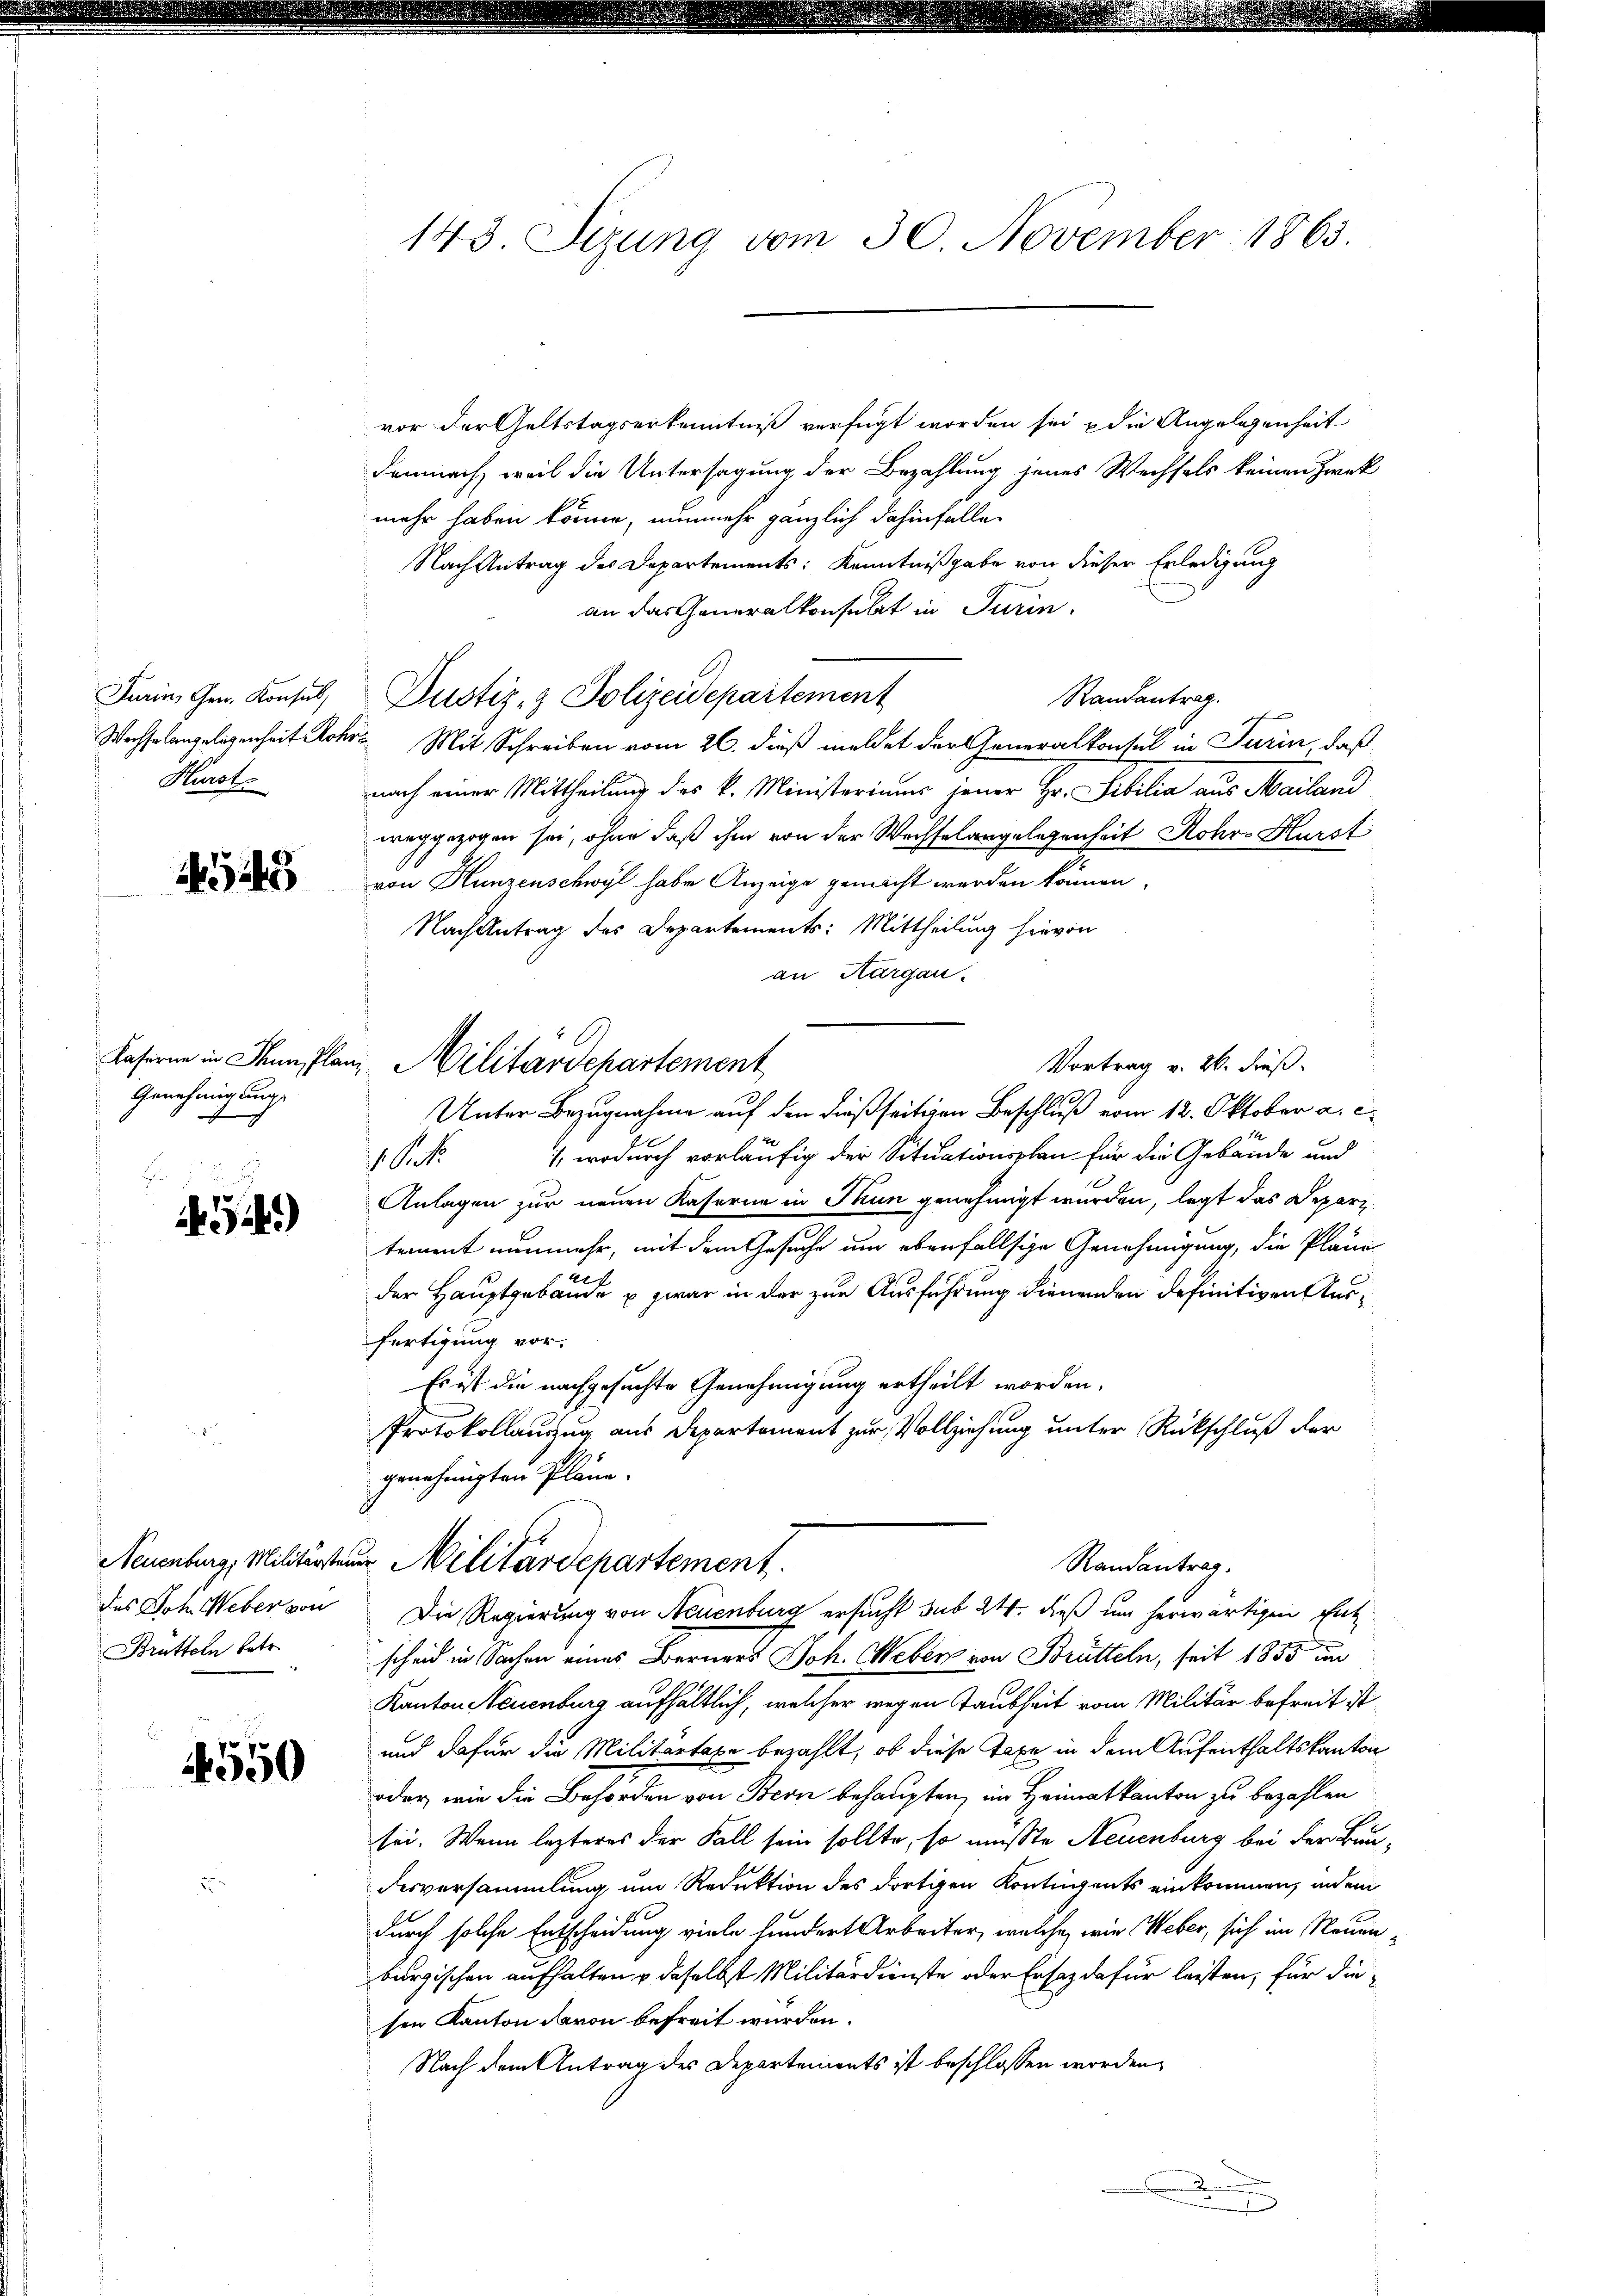
Turin, Gen. Konsul
Wechselangelegenheit Rohr.
Hürst

549

Kaserne in Thun, Plan
Genehmigung

)

Neuenburg, Militärsteue
des Joh. Weber von
Brütteln betr.

550

143. Sizung vom 30. November 1863.

vor der Geltstagserkenntniß verfügt worden sei, die Angelegenheit
demnach, weil die Untersagung der Bezahlung jenes Wechsels keinen Zwek
mehr haben könne, nunmehr gänzlich dahinfalle.
Nach Antrag des Departements: Kenntnißgabe von dieser Erledigung
an das Generalkonsulat in Turin.
Randantrag.
 Mit Schreiben vom 26. dieß meldet der Generalkonsul in Turin, daß
nach einer Mittheilung des k. Ministeriums jener Hr. Sibilia aus Mailand
weggezogen sei, ohne daß ihm von der Wechselangelegenheit Rohr-Hürst
von Hunzenschwyl habe Anzeige gemacht werden können.
Nach Antrag des Departements: Mittheilung hievon
an Thurgau.
Vortrag v. 26. dieß.
Unter Bezugnahme auf den dießseitigen Beschluß vom 12. Oktober a. c.
1, wodurch vorläufig der Situationsplan für die Gebäude und
t
Anlagen zur neuen Kaserne in Thun genehmigt wurden, legt das Depart
tement nunmehr, mit dem Gesuche um ebenfallsige Genehmigung, die Plane
der Hauptgebäude u zwar in der zur Ausführung dienenden definitiven Ausfertigung vor.
Es ist die nachgesuchte Genehmigung ertheilt worden.
Protokollauszug aus Departement zur Vollziehung unter Rückschluß der
genehmigten Pläne.
u Militärdepartement.
Randantrag.
Die Regierung von Neuenburg ersucht sub 24 dieß um herwärtigen Ent
scheid in Sachen eines Berners Joh. Weber von Brütteln, seit 1855 un
Kanton Neuenburg aufhältlich, welcher wegen Taubheit vom Militär befreit ist
und dafür die Militartage bezahlt, ob diese Taxe in dem Aufenthaltskanton
oder, wie die Behörden von Stern behaupten, im Heimatkanton zu bezahlen
sei. Wenn lezteres der Fall sein sollte, so musste Neuenburg bei der Baudesversammlung um Reduktion des dortigen Kontigents einkommen, indem
durch solche Entscheidung viele hundert Arbeiter, welche, wie Weber, sich im Neuenburgischen aufhalten u daselbst Militärdienste oder Ersatz dafür leisten, für die
sen Kanton davon befreit wurden.
Nach dem Antrag des Departements ist beschlossen worden,
d

Pustiz- & Polizeidepartement

u. Militärdepartement

s